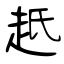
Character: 赿